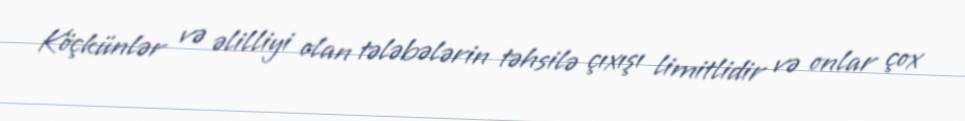
Köçkünlər və əlilliyi olan tələbələrin təhsilə çıxışı limitlidir və onlar çox